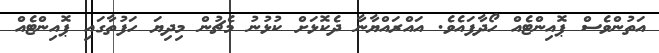
އަތުންވެސް ޕޮއިންޓެއް ހޯދާފައެވެ. އައްރައްޔާނާ ދެކޮޅަށް ކުޅުނު މެޗުން މިދިޔަ ހަފުތާގައި ޕޮއިންޓެއް